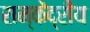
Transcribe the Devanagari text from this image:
सम्केंद्रीय